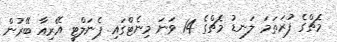
މެޗްގެ ފުރަތަމަ ލަނޑު މެޗްގެ 14 ވަނަ މިނެޓްގައި ޕެނަލްޓީ އޭރިއާ ބޭރުން